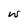
Character: w